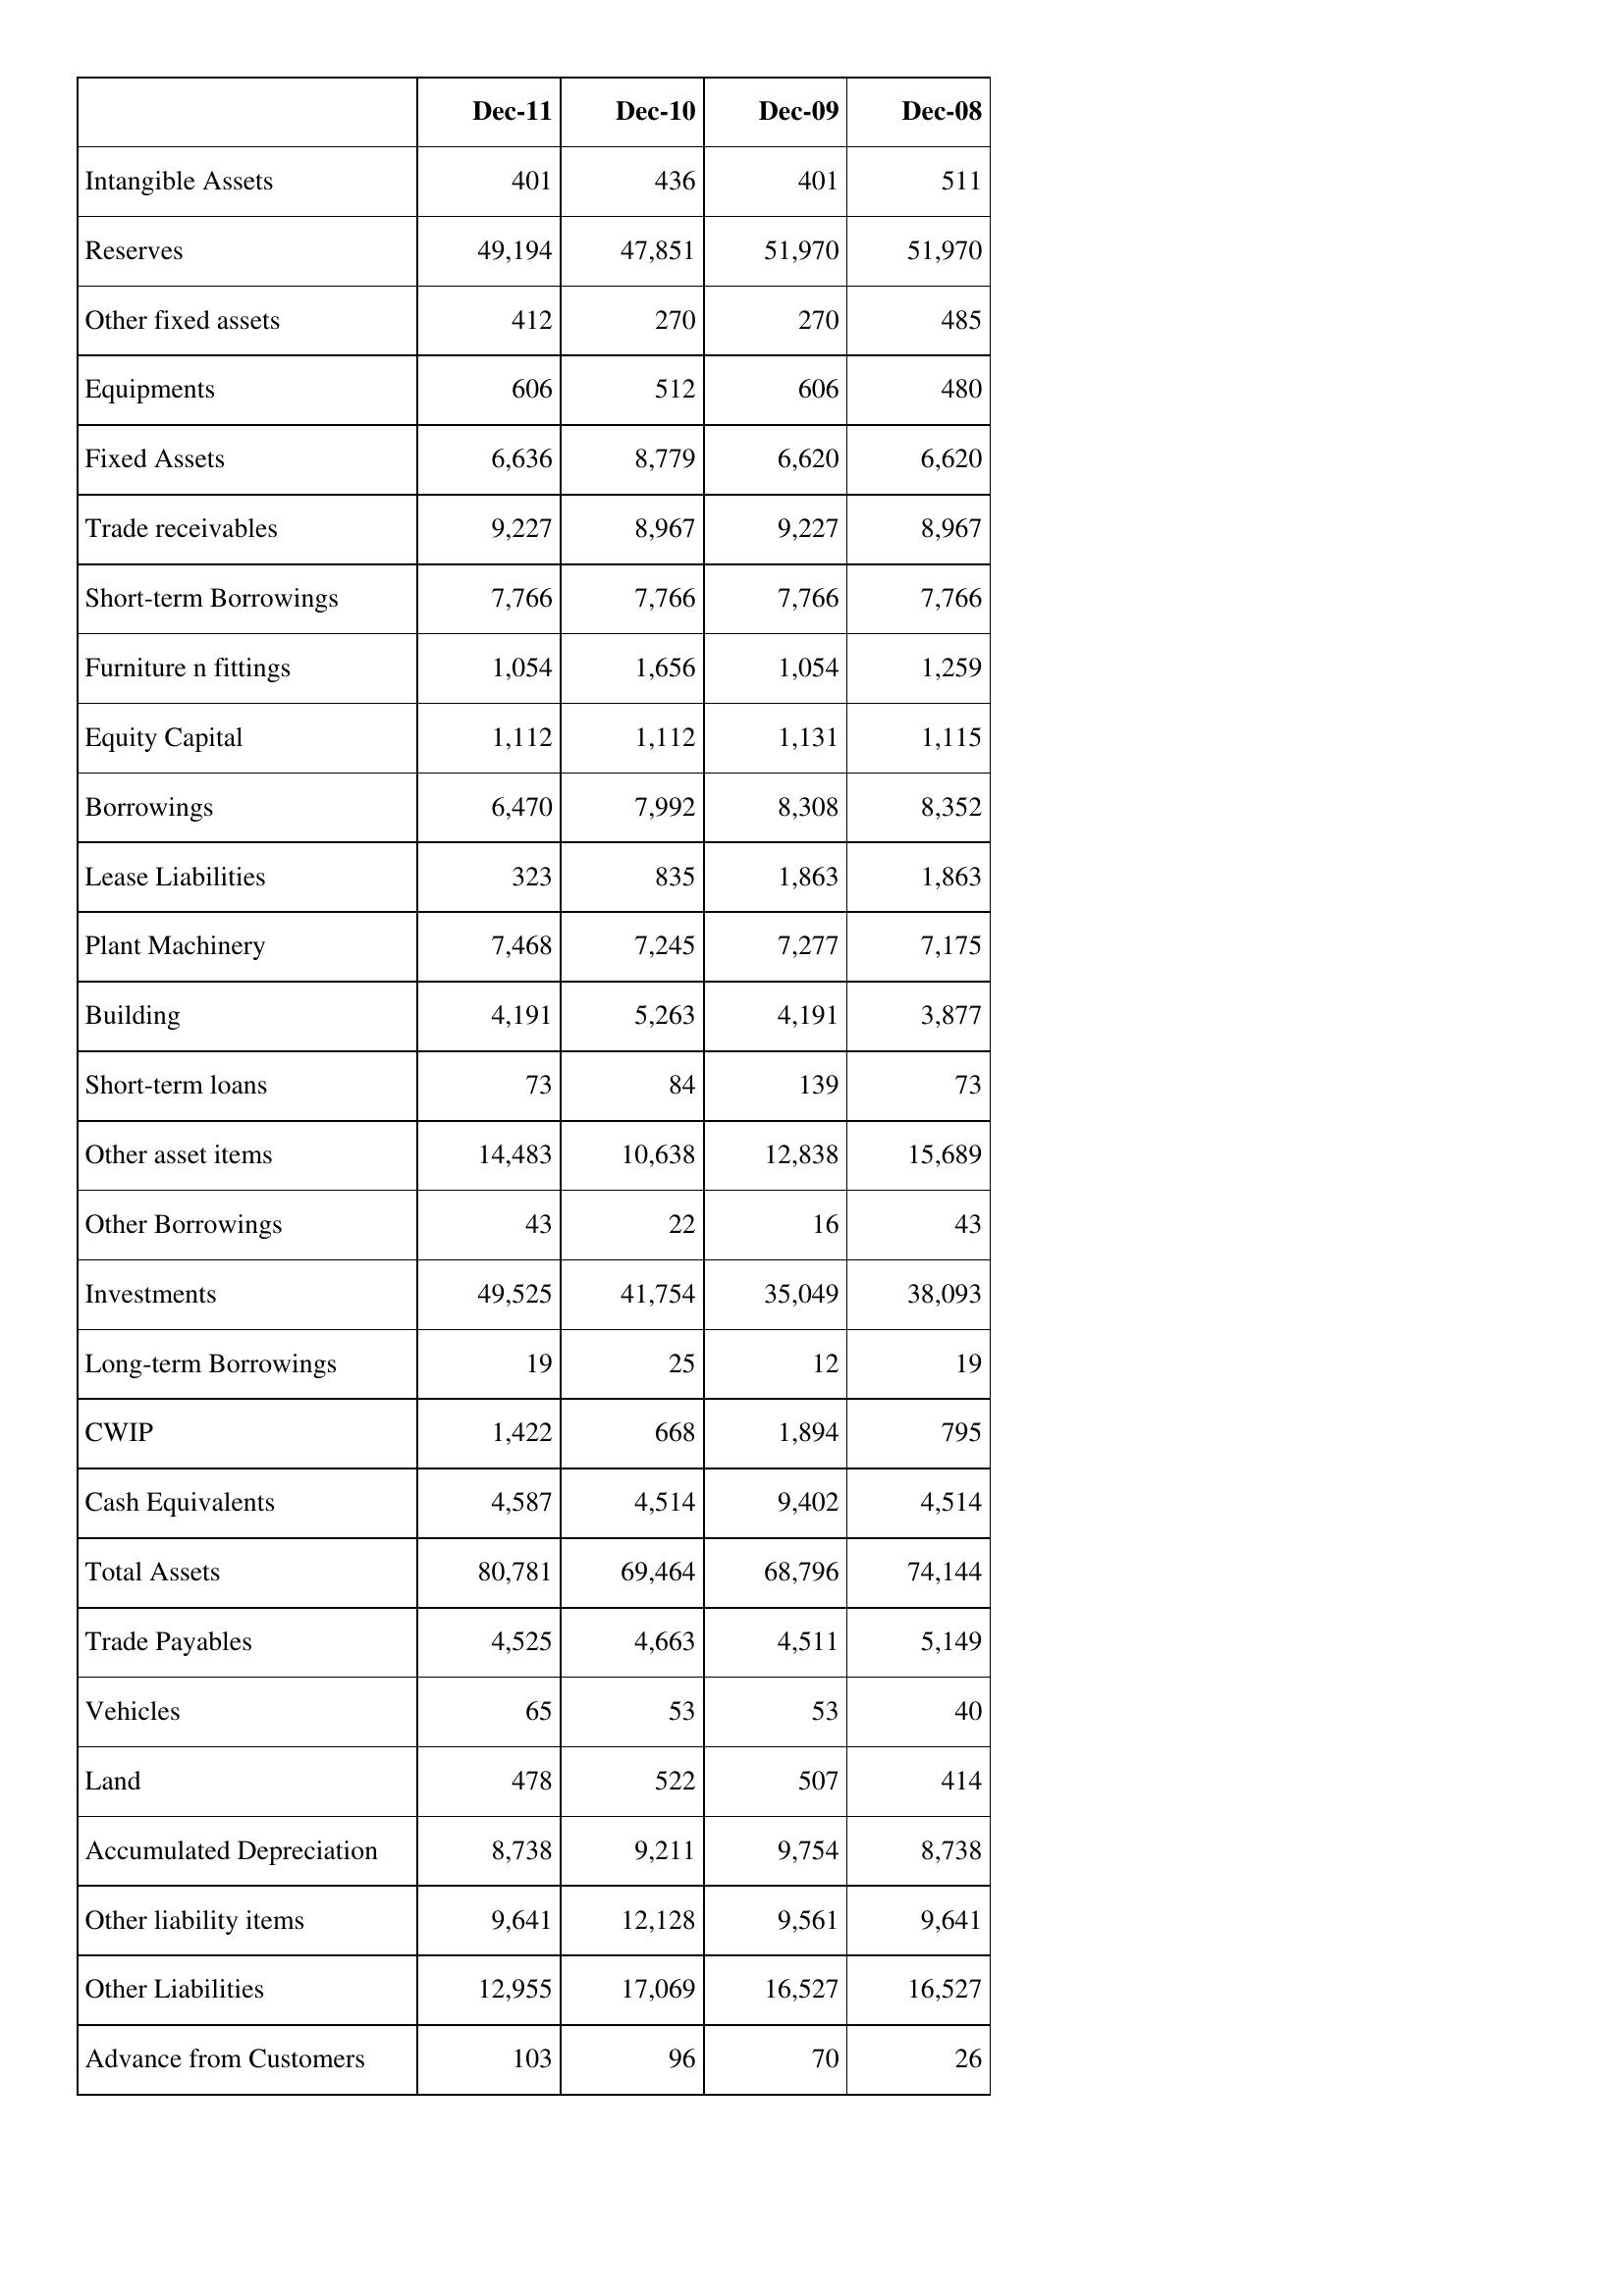
Dec-11: Balance Sheet: Intangible Assets: 401
Reserves: 49,194
Other fixed assets: 412
Equipments: 606
Fixed Assets: 6,636
Trade receivables: 9,227
Short-term Borrowings: 7,766
Furniture n fittings: 1,054
Equity Capital: 1,112
Borrowings: 6,470
Lease Liabilities: 323
Plant Machinery: 7,468
Building: 4,191
Short-term loans: 73
Other asset items: 14,483
Other Borrowings: 43
Investments: 49,525
Long-term Borrowings: 19
CWIP: 1,422
Cash Equivalents: 4,587
Total Assets: 80,781
Trade Payables: 4,525
Vehicles: 65
Land: 478
Accumulated Depreciation: 8,738
Other liability items: 9,641
Other Liabilities: 12,955
Advance from Customers: 103
Dec-10: Balance Sheet: Intangible Assets: 436
Reserves: 47,851
Other fixed assets: 270
Equipments: 512
Fixed Assets: 8,779
Trade receivables: 8,967
Short-term Borrowings: 7,766
Furniture n fittings: 1,656
Equity Capital: 1,112
Borrowings: 7,992
Lease Liabilities: 835
Plant Machinery: 7,245
Building: 5,263
Short-term loans: 84
Other asset items: 10,638
Other Borrowings: 22
Investments: 41,754
Long-term Borrowings: 25
CWIP: 668
Cash Equivalents: 4,514
Total Assets: 69,464
Trade Payables: 4,663
Vehicles: 53
Land: 522
Accumulated Depreciation: 9,211
Other liability items: 12,128
Other Liabilities: 17,069
Advance from Customers: 96
Dec-09: Balance Sheet: Intangible Assets: 401
Reserves: 51,970
Other fixed assets: 270
Equipments: 606
Fixed Assets: 6,620
Trade receivables: 9,227
Short-term Borrowings: 7,766
Furniture n fittings: 1,054
Equity Capital: 1,131
Borrowings: 8,308
Lease Liabilities: 1,863
Plant Machinery: 7,277
Building: 4,191
Short-term loans: 139
Other asset items: 12,838
Other Borrowings: 16
Investments: 35,049
Long-term Borrowings: 12
CWIP: 1,894
Cash Equivalents: 9,402
Total Assets: 68,796
Trade Payables: 4,511
Vehicles: 53
Land: 507
Accumulated Depreciation: 9,754
Other liability items: 9,561
Other Liabilities: 16,527
Advance from Customers: 70
Dec-08: Balance Sheet: Intangible Assets: 511
Reserves: 51,970
Other fixed assets: 485
Equipments: 480
Fixed Assets: 6,620
Trade receivables: 8,967
Short-term Borrowings: 7,766
Furniture n fittings: 1,259
Equity Capital: 1,115
Borrowings: 8,352
Lease Liabilities: 1,863
Plant Machinery: 7,175
Building: 3,877
Short-term loans: 73
Other asset items: 15,689
Other Borrowings: 43
Investments: 38,093
Long-term Borrowings: 19
CWIP: 795
Cash Equivalents: 4,514
Total Assets: 74,144
Trade Payables: 5,149
Vehicles: 40
Land: 414
Accumulated Depreciation: 8,738
Other liability items: 9,641
Other Liabilities: 16,527
Advance from Customers: 26